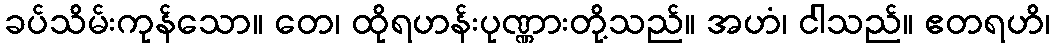
ခပ်သိမ်းကုန်သော။ တေ၊ ထိုရဟန်းပုဏ္ဏားတို့သည်။ အဟံ၊ ငါသည်။ ဧတရဟိ၊